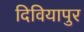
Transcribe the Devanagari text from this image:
दिवियापुर